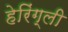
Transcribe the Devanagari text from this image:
हेरिंग्ली